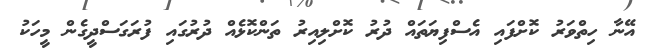
އޭނާ ހިތްވަރު ކޮށްފައި އެސްފިޔަތައް ދުރު ކޮށްލިއިރު ތަންކޮޅެއް ދުރުގައި ފުރަގަސްދީގެން މީހަކު